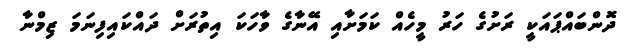
ދޮންބައްޕައަކީ ރަށުގެ ހަރު މީހެއް ކަމަށާއި އޭނާގެ ވާހަކަ އިތުރަށް ދައްކައިފިނަމަ ޒިމްނާ